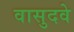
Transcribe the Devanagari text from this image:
वासुदवे